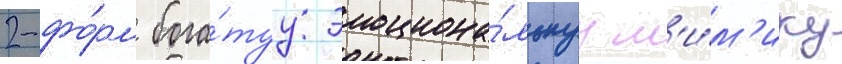
2-фо́рм бога́туу эмоциона́льнуу м'и́м'ику